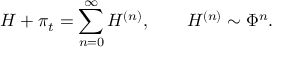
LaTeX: H + \pi _ { t } = \sum _ { n = 0 } ^ { \infty } H ^ { ( n ) } , \qquad H ^ { ( n ) } \sim \Phi ^ { n } .